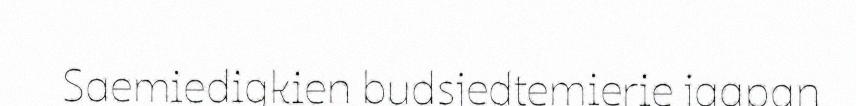
Saemiedigkien budsjedtemierie jaapan